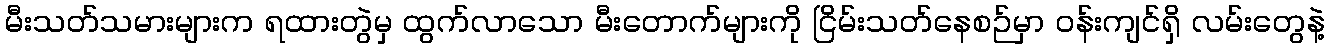
မီးသတ်သမားများက ရထားတွဲမှ ထွက်လာသော မီးတောက်များကို ငြိမ်းသတ်နေစဉ်မှာ ဝန်းကျင်ရှိ လမ်းတွေနဲ့